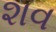
શવ